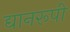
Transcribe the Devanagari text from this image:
द्यानरूपी